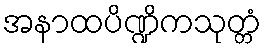
အနာထပိဏ္ဍိကသုတ္တံ